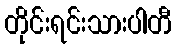
တိုင်းရင်းသားပါတီ